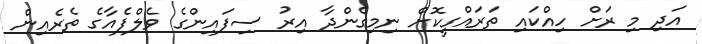
އަދި މި ރަށް ހިއްކައި ތަރައްގީކޮށް ނިމިގެންދާ އިރު ސިފައިންގެ ވެލްފެއާގެ ތެރެއިން